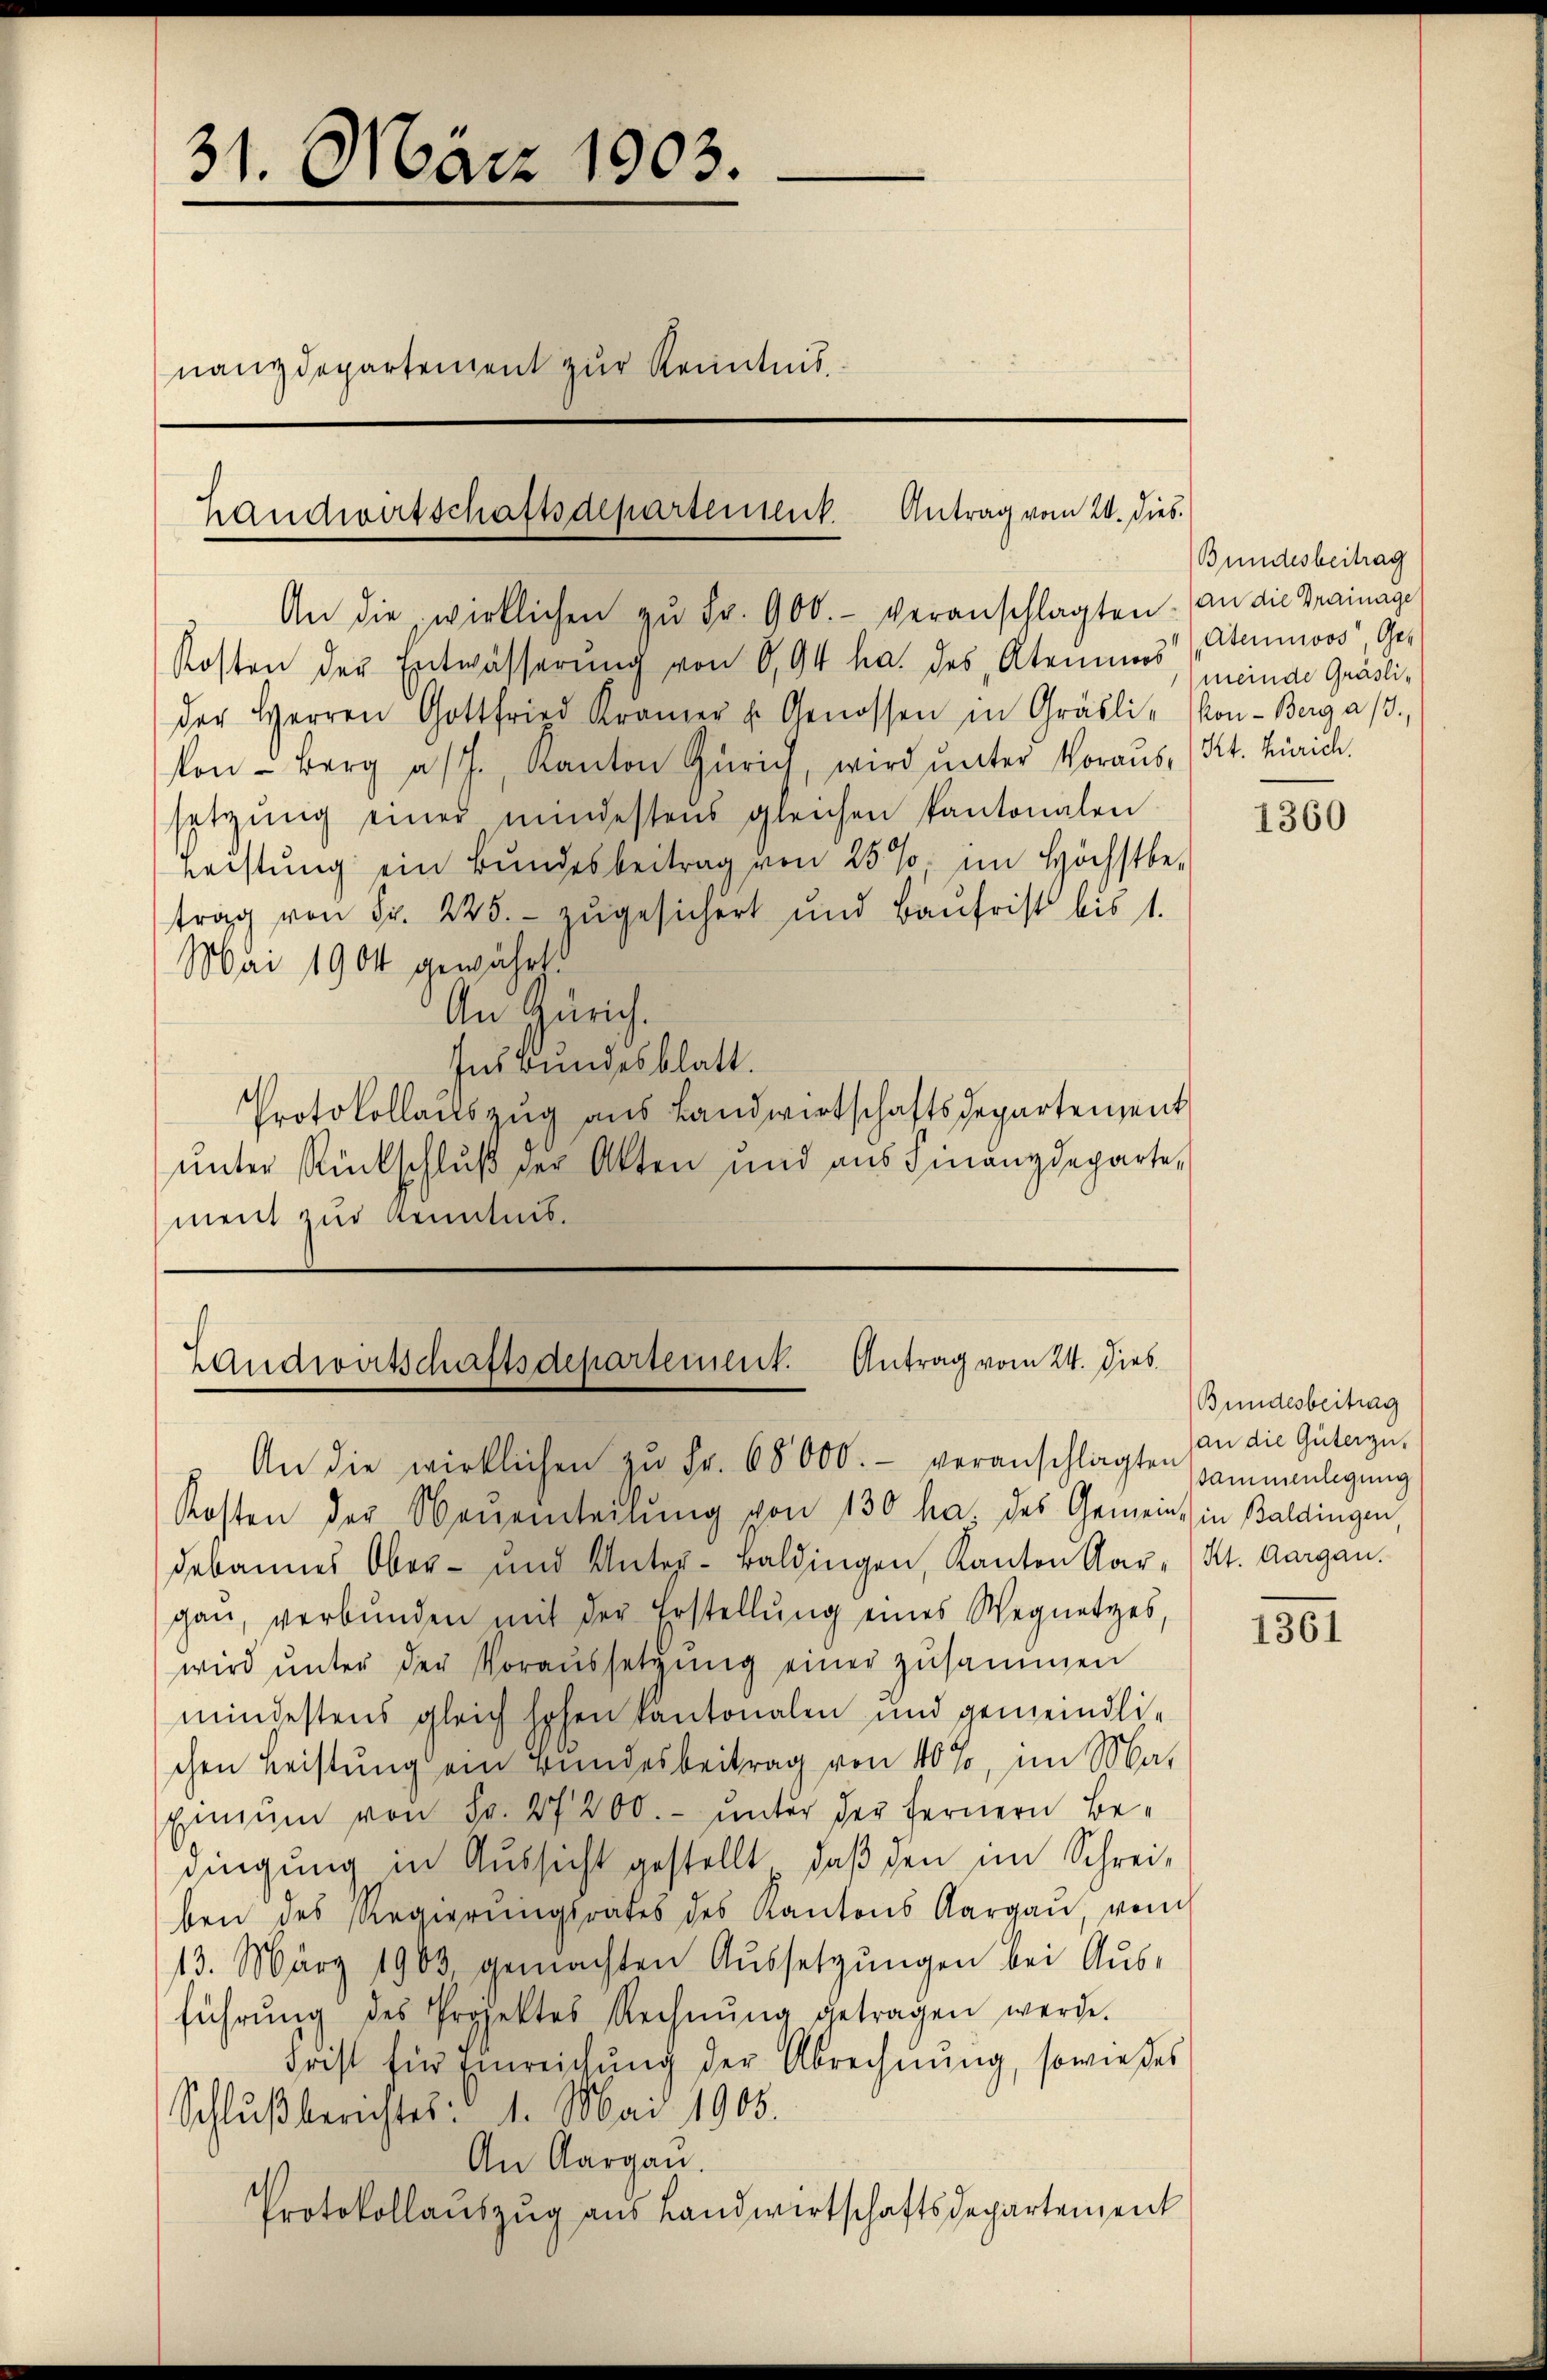
31. März 1903.
.
nanzdepartement zur Kenntnis.

Handwirtschaftsdepartement. Antrag vom 20. dies.

An die wirklichen zŭ Fr. 900.- veranschlagten. an die Grainage
Kosten der Entwässerŭng von 0,94 ha. des Atemnes Atemnoos Geder Herren Gottfried Kramer u. Genossen in Gräsli - Kon-Berg a/3.
kon-Berg a/J. Kanton Zürich, wird ŭnter Voraus, (Kt. Zürich
setzŭng einer mindestens gleichen Kantonalen
Leistung ein Bundesbeitrag von 25%, im Höchstbe-
trag von Fr. 225. zugesichert und Baufrist bis 1.
Mai 1904 gewährt.
An Zürich.
Ins Bundesblatt.
Protokollauszug aus Landwirtschaftsdepartement
unter Rückschluß der Akten und aus Finanzdepartement zur Kenntnis.

Landwirtschaftsdepartement. Antrag vom 24. Dieb

An die wirklichen zŭ Fr. 68000.- veranschlagten (an die Güterzu,
Kosten der Neuenteilung von 130 ha, des Gemein in Baldingen,
debannes Ober- und Unter-Baldingen, Kanton Aar- Kt. Aargau.
gan, verbunden mit der Erstellung eines Wegnetzes,
wird ŭnter der Voraŭssetzŭng einer zusammen
mindestens gleich hohen kantonalen und gemeindlichen Leistung ein Bundesbeitrag von 40%, im Ma¬
Einzŭm von Fr. 27200.- unter der fernern Bedingung in Aussicht gestellt, daβ den im Schrei-
ben des Regierungsrates des Kantons Aargaŭ von
13. März 1903, gemachten Aŭssetzŭngen bei Aŭs-
führŭng des Projektes Rechnŭng getragen werde.
Frist für Einreichung der Abrechnung, sowie des
Schlußberichtes: 1. Mai 1905.
An Aargau.
Protokollauszug aus Landwirtschaftsdepartement

Bundesbeitrag
meinde Gräsli¬

1360

Bundesbeitrag
ssammenlegung

1361